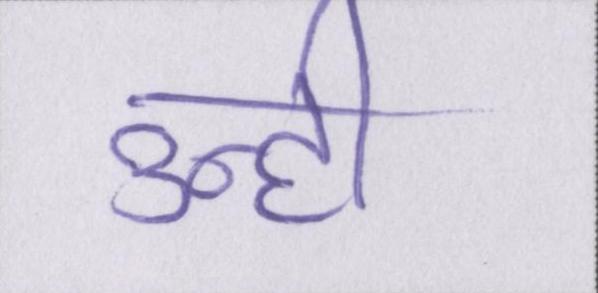
उन्ही